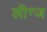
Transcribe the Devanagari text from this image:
लीग्ज